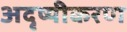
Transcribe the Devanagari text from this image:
अदृष्यीकरण